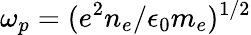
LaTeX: \omega_{p}=(e^{2}n_{e}/\epsilon_{0}m_{e})^{1/2}